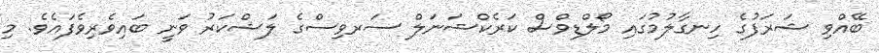
ބޭއްވި ޝަރަފުގެ ހިނގާލުމުގައި މޯލްޑިވްސް ކަރެކްޝަނަލް ސަރވިސްގެ ލަޝްކަރު ވަނީ ބައިވެރިވެފައެވެ. މި